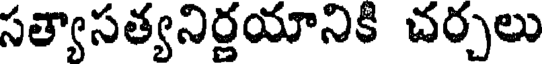
సత్యాసత్యనిర్ణయానికి చర్చలు